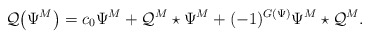
\begin{align*}\mathcal{Q}\big(\Psi^M\big)=c_0\Psi^M +\mathcal{Q}^M\star\Psi^M + (-1)^{G(\Psi)} \Psi^M \star \mathcal{Q}^M.\end{align*}